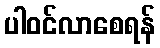
ပါဝင်လာစေရန်